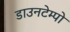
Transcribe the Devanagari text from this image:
डाउनटेम्पो